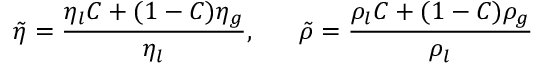
\tilde { \eta } = \frac { \eta _ { l } C + ( 1 - C ) \eta _ { g } } { \eta _ { l } } , ~ ~ ~ ~ ~ \tilde { \rho } = \frac { \rho _ { l } C + ( 1 - C ) \rho _ { g } } { \rho _ { l } }